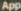
App